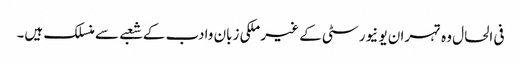
فی الحال وہ تہران یو نیورسٹی کے غیر ملکی زبان وادب کے شعبے سے منسلک ہیں۔